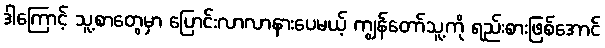
ဒါကြောင့် သူ့စာတွေမှာ ပြောင်းလာလာနားပေမယ့် ကျွန်တော်သူ့ကို ရည်းစားဖြစ်အောင်